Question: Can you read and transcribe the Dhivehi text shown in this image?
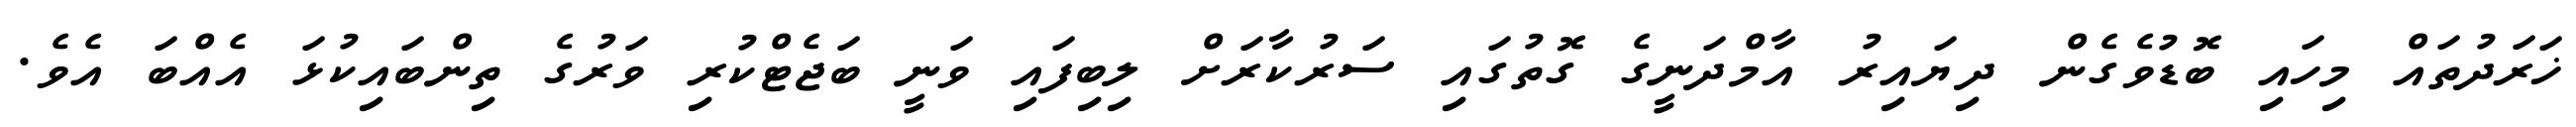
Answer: ޚަރަދުތައް މިހައި ބޮޑުވެގެން ދިޔައިރު އާމްދަނީގެ ގޮތުގައި ސަރުކާރަށް ލިބިފައި ވަނީ ބަޖެޓްކުރި ވަރުގެ ތިންބައިކުޅަ އެއްބަ އެވެ.